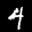
Label: 4